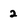
Character: 2